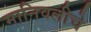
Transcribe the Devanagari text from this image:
मानिवलीचे